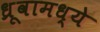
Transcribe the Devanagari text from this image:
ध्रूवामध्ये